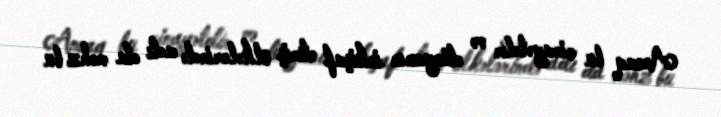
Ancaq bu cinayətdir və dünyanın inkişaf etmiş ölkələrində adı da məhz bu